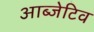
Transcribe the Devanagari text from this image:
आब्जेटिव